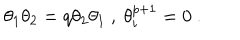
LaTeX: \theta _ { 1 } \theta _ { 2 } = q \theta _ { 2 } \theta _ { 1 } \ , \ \theta _ { i } ^ { p + 1 } = 0 \ .